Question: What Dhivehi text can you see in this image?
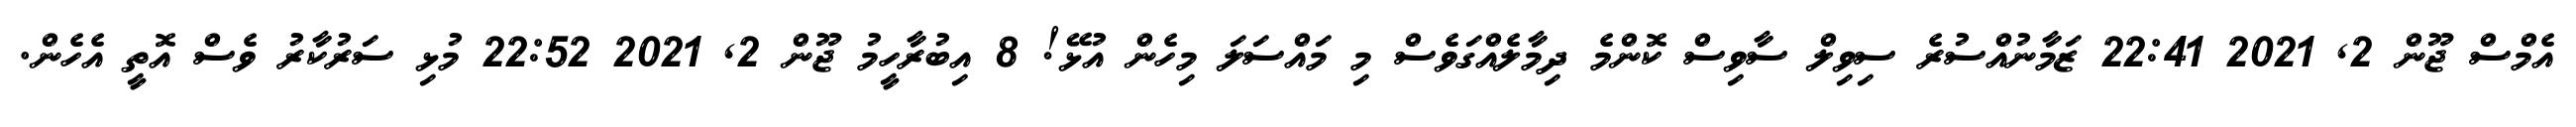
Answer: އެމްސް ޖޫން 2, 2021 22:41 ޒަމާނުއްސުރެ ސިވިލް ސާވިސް ކޮންމެ ދިމާލެއްގަވެސް މި މައްސަލަ މިހެން އުޅޭ! 8 އިބުރާހީމު ޖޫން 2, 2021 22:52 މުޅި ސަރުކާރު ވެސް އޮތީ އެހެން.